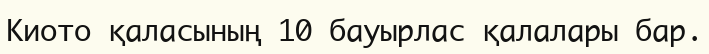
Киото қаласының 10 бауырлас қалалары бар.